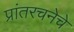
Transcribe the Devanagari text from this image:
प्रांतरचनेचे